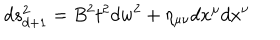
LaTeX: d s _ { d + 1 } ^ { 2 } = B ^ { 2 } t ^ { 2 } d w ^ { 2 } + \eta _ { \mu \nu } d x ^ { \mu } d x ^ { \nu }